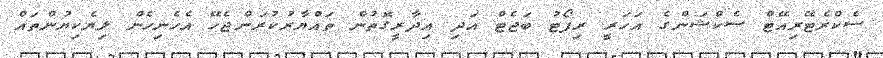
ސެކްރެޓޭރިއޭޓް ސެކްޝަންގެ އަހަރީ ރިޕޯޓު ބަޖެޓް އަދި އިދާރީގޮތުން ތައްޔާރުކުރަންޖެހޭ އެހެނިހެން ލިޔެކިޔުންތައް